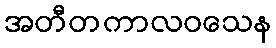
အတီတကာလဝသေန